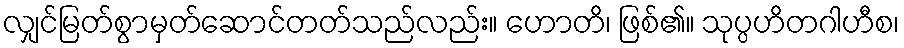
လျှင်မြတ်စွာမှတ်ဆောင်တတ်သည်လည်း။ ဟောတိ၊ ဖြစ်၏။ သုပ္ပဟိတဂါဟီစ၊